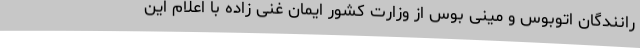
رانندگان اتوبوس و مینی بوس از وزارت کشور ایمان غنی زاده با اعلام این